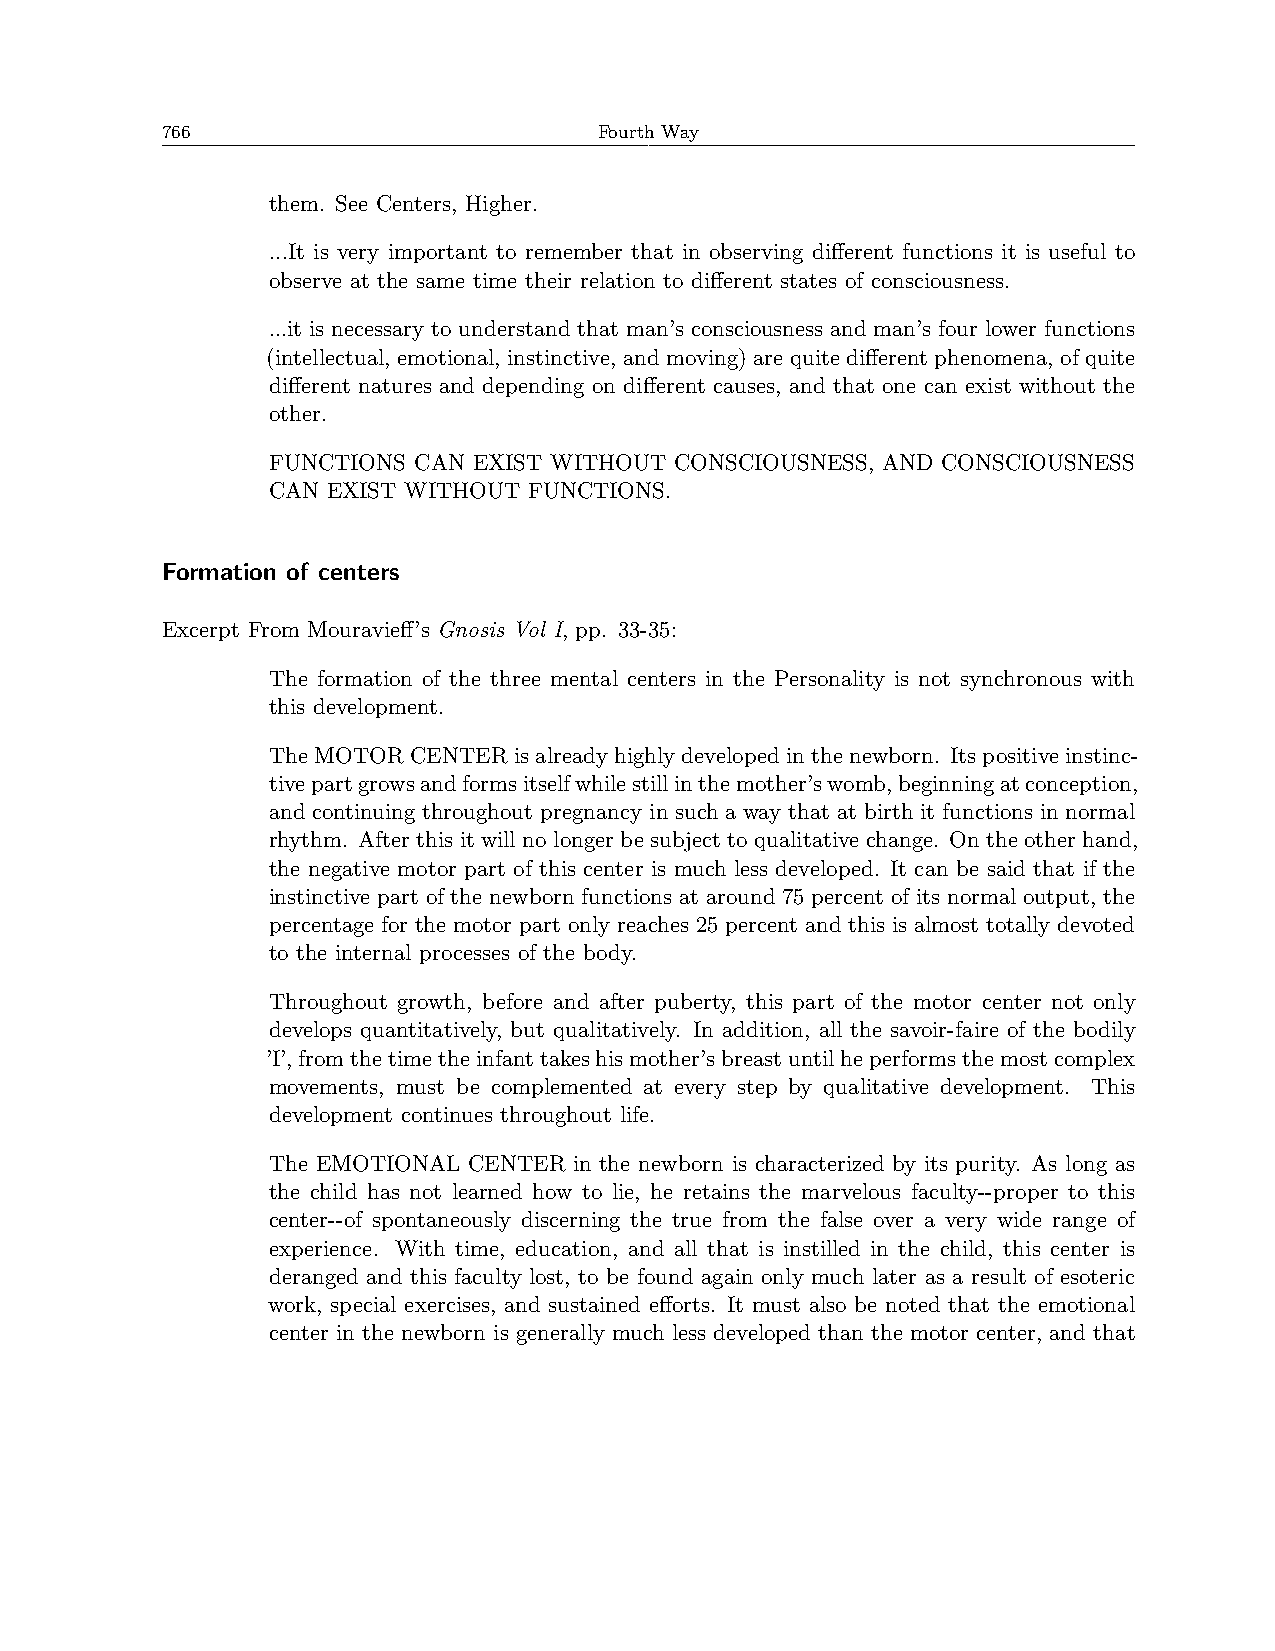
766                          Fourth Way
 them. See Centers, Higher.
 ...It is very important to remember that in observing different functions it is useful to
 observe at the same time their relation to different states of consciousness.
 ...it is necessary to understand that man’s consciousness and man’s four lower functions
 (intellectual, emotional, instinctive, and moving) are quite different phenomena, of quite
 different natures and depending on different causes, and that one can exist without the
 other.
 FUNCTIONS CAN EXIST WITHOUT CONSCIOUSNESS, AND CONSCIOUSNESS
 CAN EXIST WITHOUT FUNCTIONS.
 Formation of centers
 Excerpt From Mouravieff’s Gnosis Vol I, pp. 33-35:
 The formation of the three mental centers in the Personality is not synchronous with
 this development.
 The MOTOR CENTER is already highly developed in the newborn. Its positive instinc-
 tivepartgrowsandformsitselfwhilestillinthemother’swomb,beginningatconception,
 and continuing throughout pregnancy in such a way that at birth it functions in normal
 rhythm. After this it will no longer be subject to qualitative change. On the other hand,
 the negative motor part of this center is much less developed. It can be said that if the
 instinctive part of the newborn functions at around 75 percent of its normal output, the
 percentage for the motor part only reaches 25 percent and this is almost totally devoted
 to the internal processes of the body.
 Throughout growth, before and after puberty, this part of the motor center not only
 develops quantitatively, but qualitatively. In addition, all the savoir-faire of the bodily
 ’I’,fromthetimetheinfanttakeshismother’sbreastuntilheperformsthemostcomplex
 movements, must be complemented at every step by qualitative development. This
 development continues throughout life.
 The EMOTIONAL CENTER in the newborn is characterized by its purity. As long as
 the child has not learned how to lie, he retains the marvelous faculty--proper to this
 center--of spontaneously discerning the true from the false over a very wide range of
 experience. With time, education, and all that is instilled in the child, this center is
 deranged and this faculty lost, to be found again only much later as a result of esoteric
 work, special exercises, and sustained efforts. It must also be noted that the emotional
 center in the newborn is generally much less developed than the motor center, and that